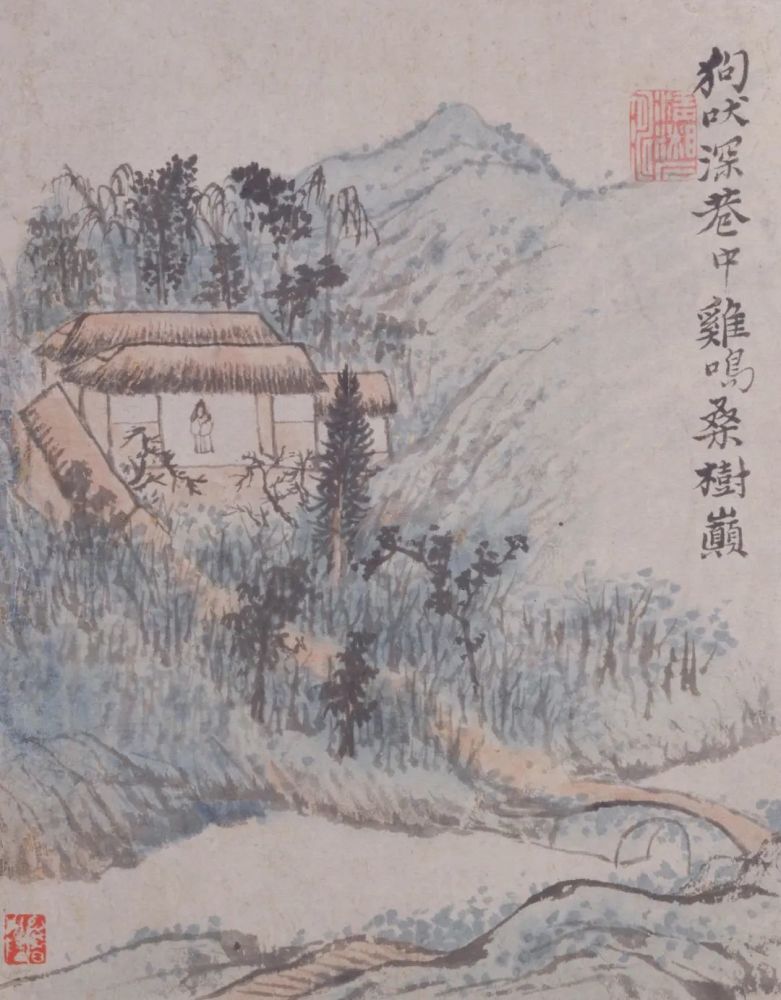
狗吠深巷中，鸡鸣桑树颠。